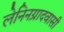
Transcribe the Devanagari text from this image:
लेनिनग्रादवासी